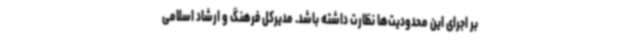
بر اجرای این محدودیت‌ها نظارت داشته باشد. مدیرکل فرهنگ و ارشاد اسلامی